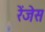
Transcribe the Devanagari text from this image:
रेंजेस